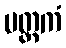
မတ္ထကံ